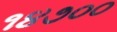
૧૪૭૦૦